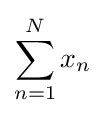
\sum _{n=1}^{N}x_{n}